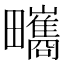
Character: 㽯